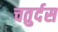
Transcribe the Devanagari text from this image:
चतुर्दस